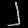
Digit: ၂